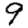
Digit: 9